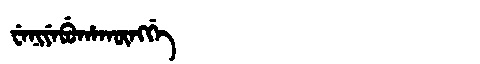
Manchu: ᠸᡝᠨᡳᠶᡝᠪᡠᡥᠠᡴᡡᠩᡤᡝ
Romanization: WENIYEBUHAKŪNGGE